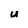
Character: U